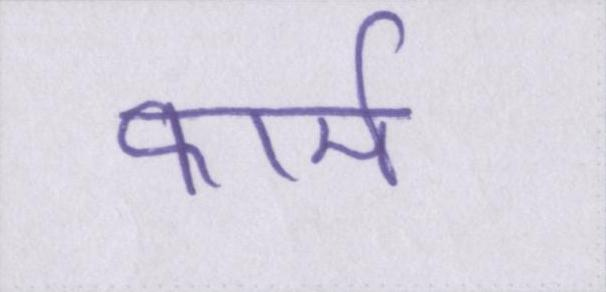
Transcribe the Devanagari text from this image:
फार्म